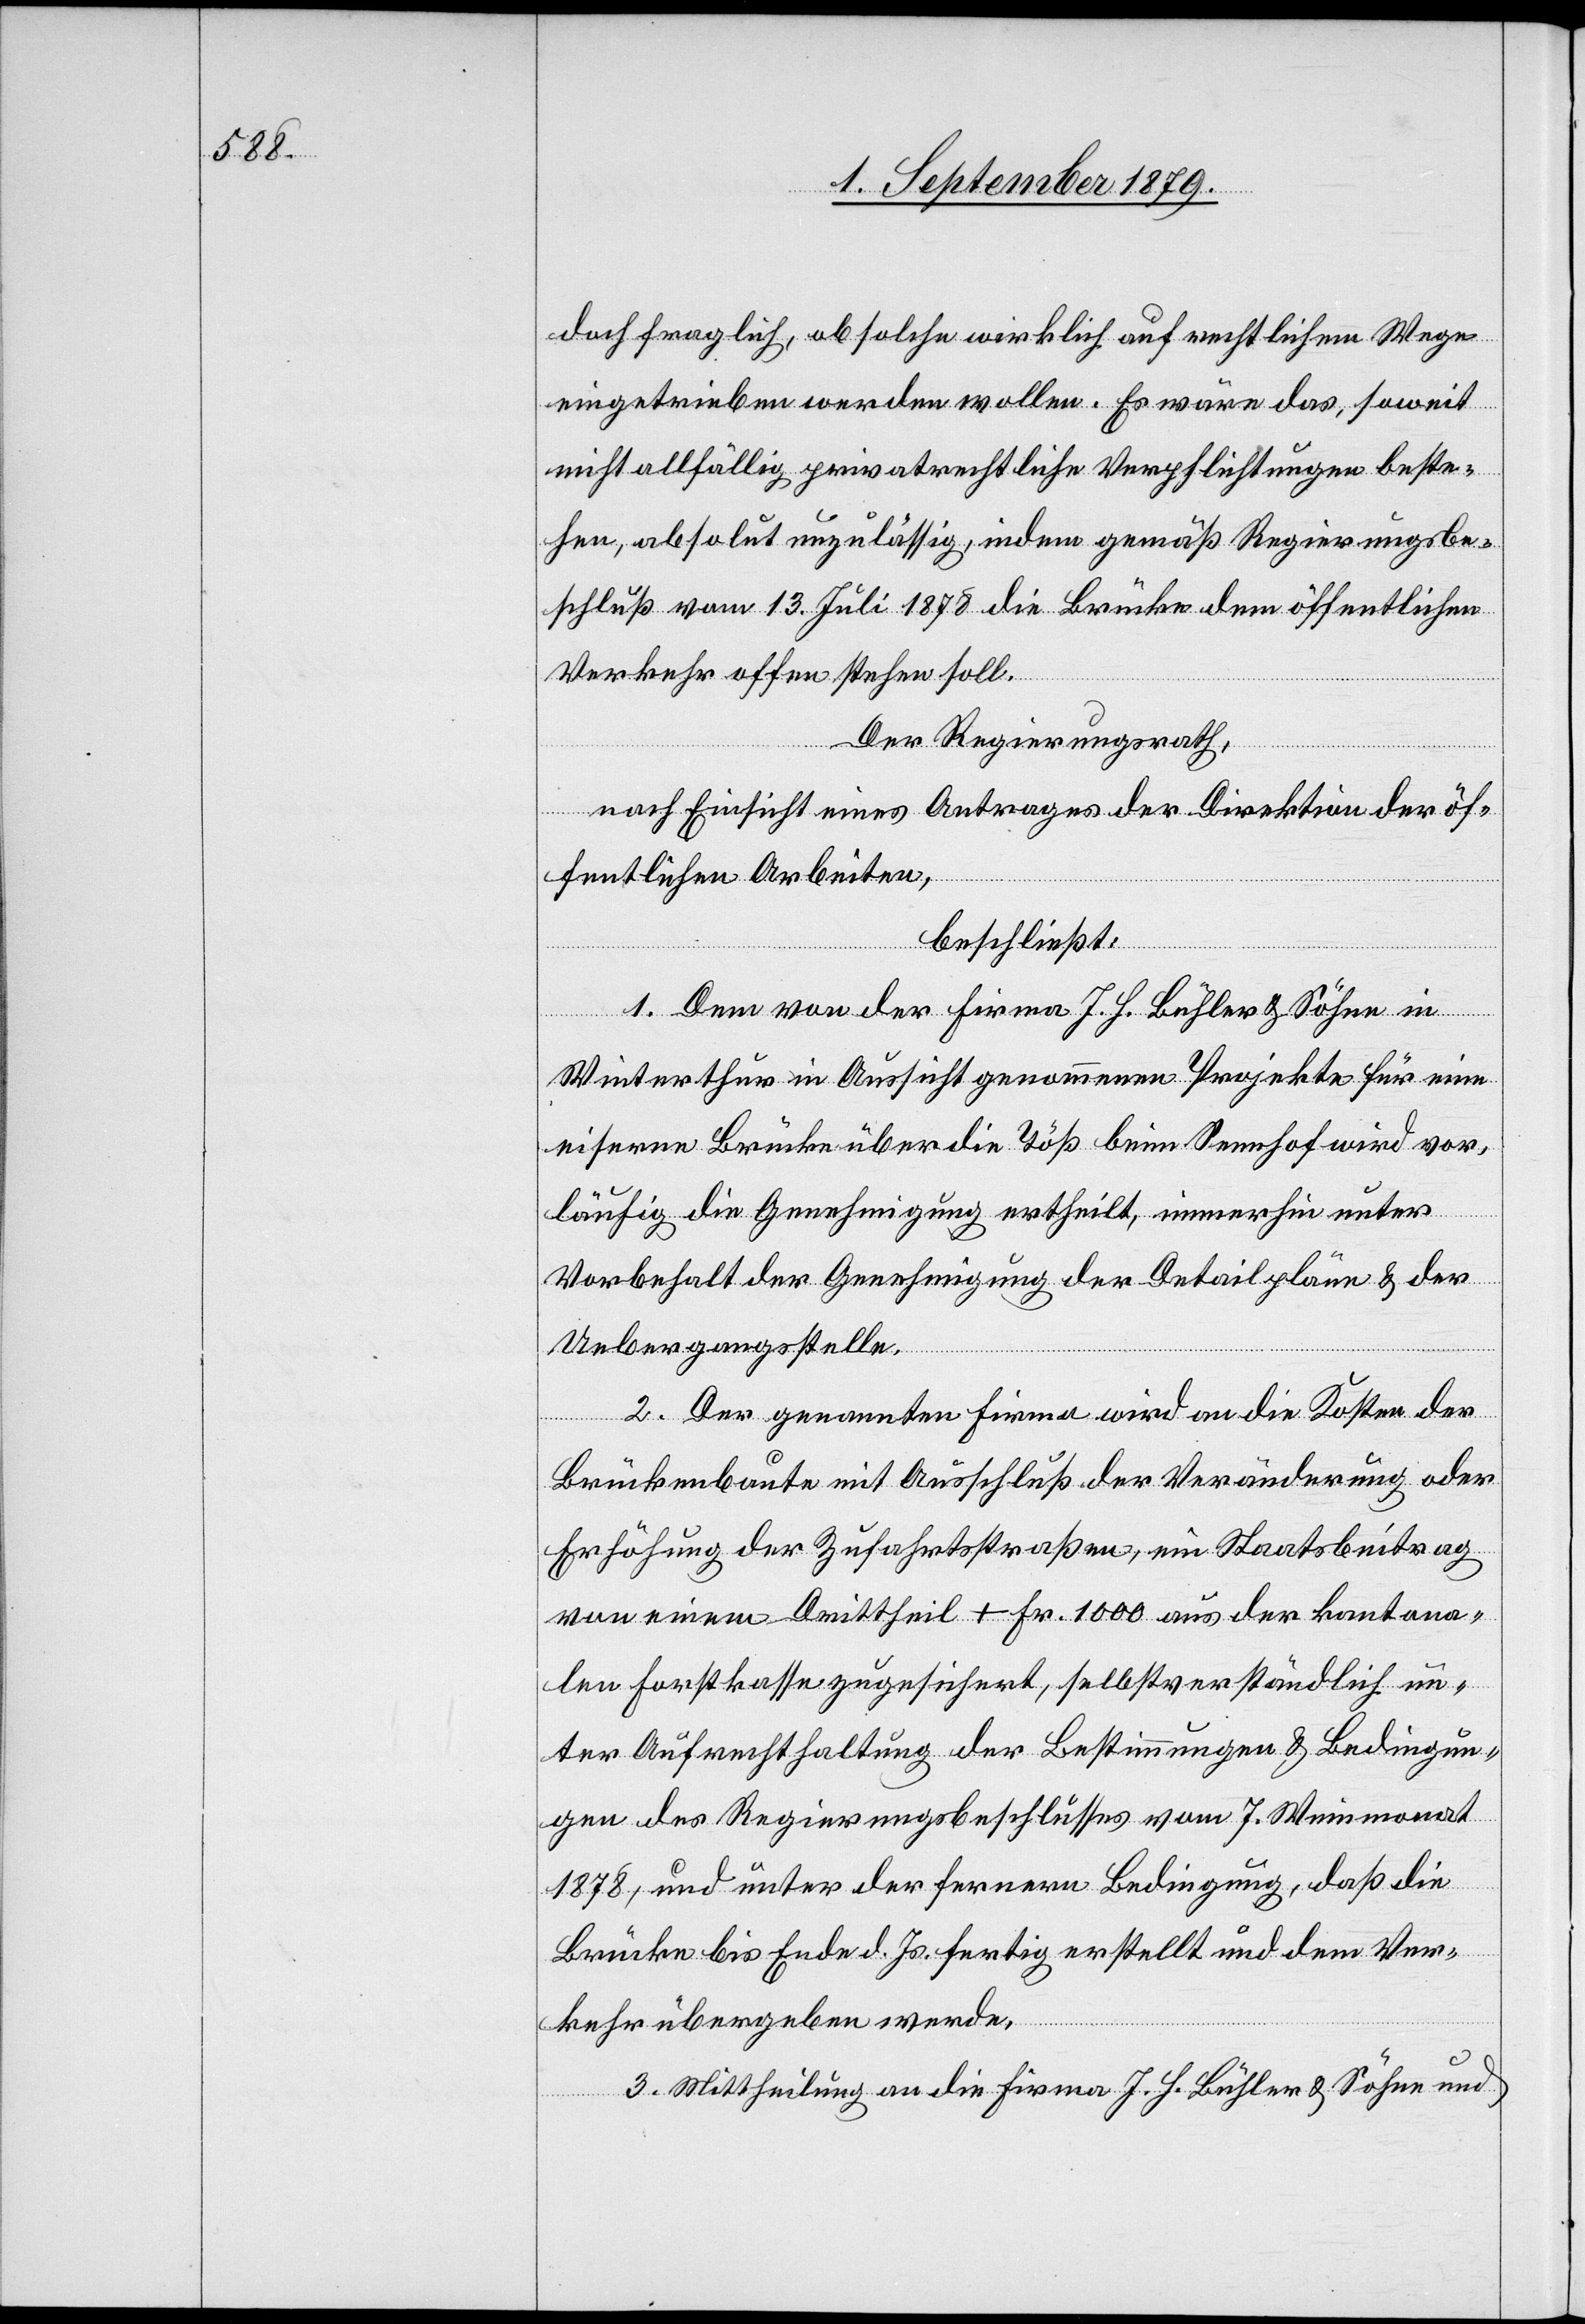
doch fraglich, ob solche wirklich auf rechtlichem Wege
eingetrieben werden wollen. Es wäre das, soweit
nicht allfällig privatrechtliche Verpflichtungen beste¬
hen, absolut unzulässig, indem gemäß Regierungsbe¬
schluß vom 13. Juli 1878 die Brücke dem öffentlichen
Verkehr offen stehen soll.
Der Regierungsrath,
nach Einsicht eines Antrages der Direktion der öf¬
fentlichen Arbeiten,
beschließt:
1. Dem von der Firma J. H. Bühler & Söhne in
Winterthur in Aussicht genommenen Projekte für eine
eiserne Brücke über die Töß beim Sennhof wird vor¬
läufig die Genehmigung ertheilt, immerhin unter
Vorbehalt der Genehmigung der Detailpläne & der
Uebergangsstelle.
2. Der genannten Firma wird an die Kosten der
Brückenbaute mit Ausschluß der Veränderung oder
Erhöhung der Zufahrtsstraßen, ein Staatsbeitrag
von einem Drittheil + Fr. 1000 aus der kantona¬
len Forstkasse zugesichert, selbstverständlich un¬
ter Aufrechthaltung der Bestimmungen & Bedingun¬
gen des Regierungsbeschlusses vom 7. Weinmonat
1878, und unter der fernern Bedingung, daß die
Brücke bis Ende d. Js. fertig erstellt und dem Ver¬
kehr übergeben werde.
3. Mittheilung an die Firma J. H. Bühler & Söhne und